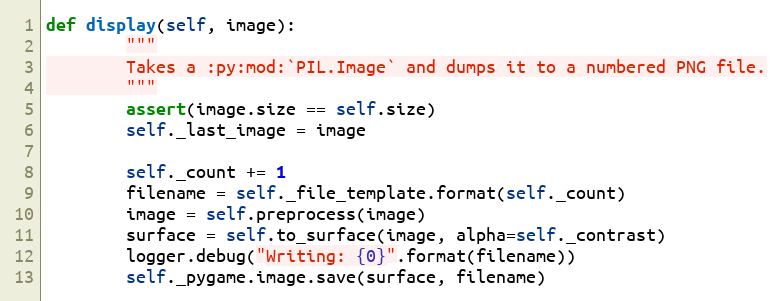
Language: Python
def display(self, image):
        """
        Takes a :py:mod:`PIL.Image` and dumps it to a numbered PNG file.
        """
        assert(image.size == self.size)
        self._last_image = image

        self._count += 1
        filename = self._file_template.format(self._count)
        image = self.preprocess(image)
        surface = self.to_surface(image, alpha=self._contrast)
        logger.debug("Writing: {0}".format(filename))
        self._pygame.image.save(surface, filename)